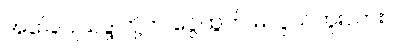
အခြေပြုသဒ္ဒါတို့က ငွေထွက် မလွယ်ဘူးလား။